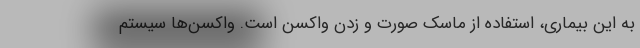
به این بیماری، استفاده از ماسک صورت و زدن واکسن است. واکسن‌ها سیستم